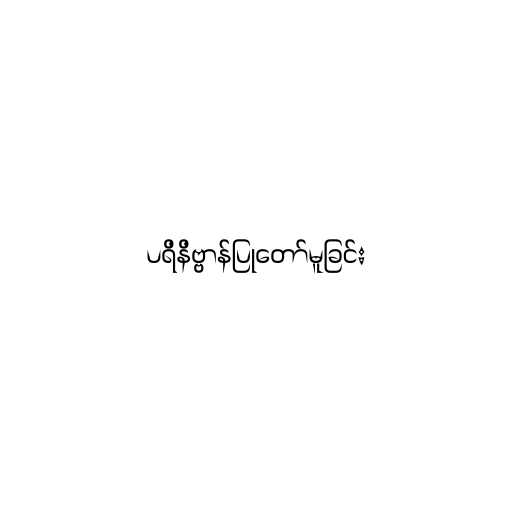
ပရိနိဗ္ဗာန်ပြုတော်မူခြင်း